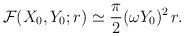
\begin{align*}{\cal F} (X_0, Y_0; r) \simeq \frac{\pi}{2} (\omega Y_0)^2 \, r .\end{align*}